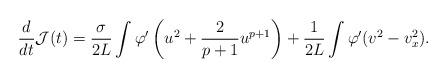
LaTeX: \begin{align*}\frac{d}{dt} \mathcal J(t) = \frac{\sigma}{2L} \int \varphi' \left( u^2 + \frac2{p+1} u^{p+1} \right) + \frac{1}{2L}\int \varphi' (v^2 - v_x^2).\end{align*}